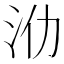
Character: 𣲒